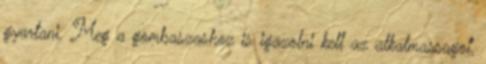
gyartani. Meg a gombaszashoz is igazolni kell az alkalmassagot,